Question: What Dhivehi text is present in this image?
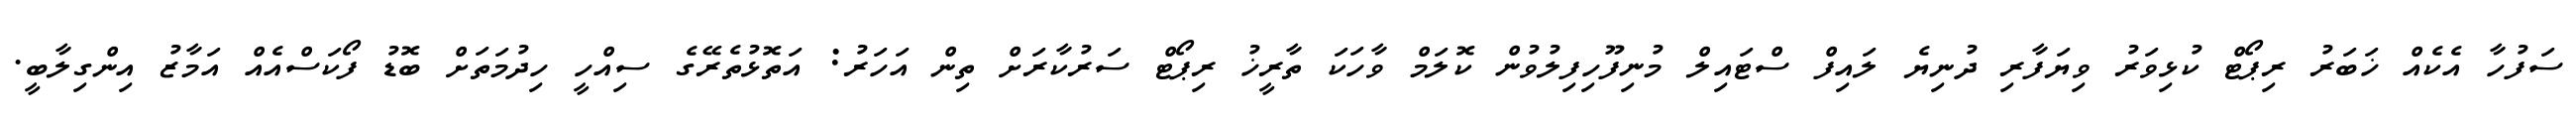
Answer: ސަފުހާ އެކެއް ޚަބަރު ރިޕޯޓް ކުޅިވަރު ވިޔަފާރި ދުނިޔެ ލައިފް ސްޓައިލް މުނިފޫހިފިލުވުން ކޮލަމް ވާހަކަ ތާރީޚު ރިޕޯޓް ސަރުކާރަށް ތިން އަހަރު: އަތޮޅުތެރޭގެ ސިއްހީ ހިދުމަތަށް ބޮޑު ފޯކަސްއެއް އަމާޒު އިންގިލާބީ.